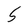
Character: S